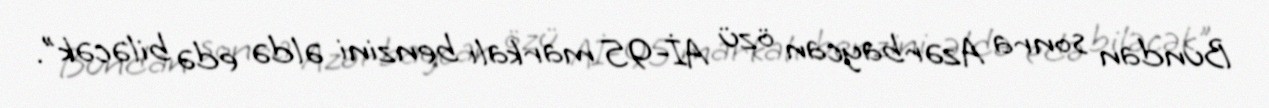
Bundan sonra Azərbaycan özü Aİ-95 markalı benzini əldə edə biləcək".